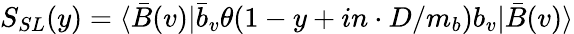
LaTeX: S_{SL}(y)=\langle\bar{B}(v)|\bar{b}_{v}\theta(1-y+in\cdot D/m_{b})b_{v}|\bar{B}(v)\rangle